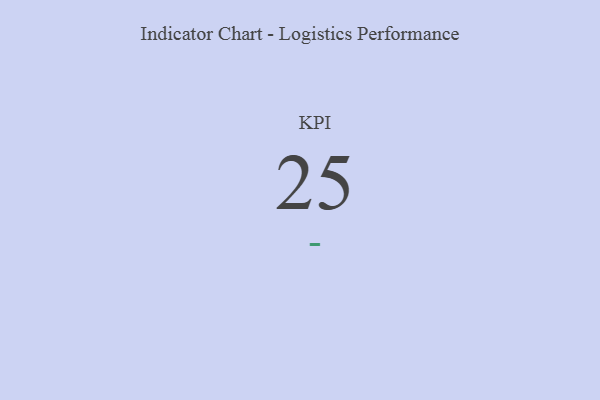
{"axis": {"x": "KPI", "y": "Value"}, "legend": [""], "data": [{"x": "KPI", "y": 25, "type": ""}]}